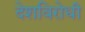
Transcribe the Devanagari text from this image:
देशविरोधी